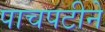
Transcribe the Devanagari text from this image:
पाचपटीने